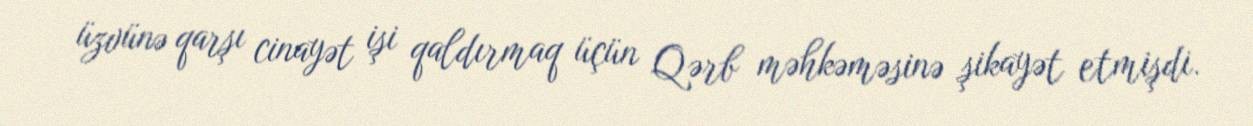
üzvünə qarşı cinayət işi qaldırmaq üçün Qərb məhkəməsinə şikayət etmişdi.